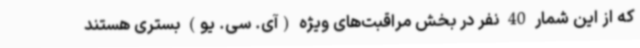
که از این شمار 40 نفر در بخش مراقبت‌های ویژه (آی. سی. یو) بستری هستند